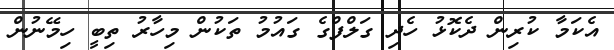
އެކަމާ ކުރިން ދެކޮޅު ހެދި ގަލްފްގެ ގައުމު ތަކުން މިހާރު ތިބީ ހިމޭނުން